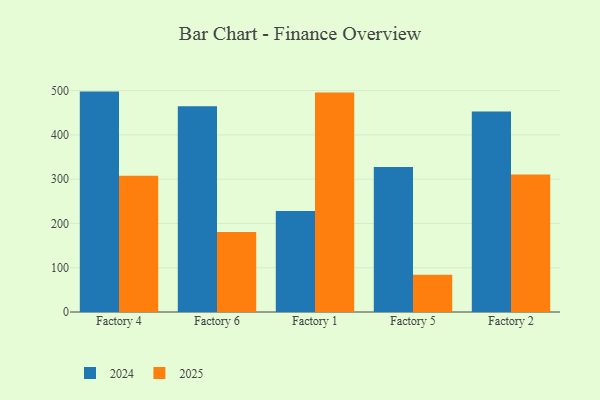
{"axis": {"x": "Factory", "y": "Churn Rate (%)"}, "legend": ["2024", "2025"], "data": [{"x": "Factory 4", "y": 497.8, "type": "2024"}, {"x": "Factory 4", "y": 308.0, "type": "2025"}, {"x": "Factory 6", "y": 464.6, "type": "2024"}, {"x": "Factory 6", "y": 180.5, "type": "2025"}, {"x": "Factory 1", "y": 227.9, "type": "2024"}, {"x": "Factory 1", "y": 495.7, "type": "2025"}, {"x": "Factory 5", "y": 327.5, "type": "2024"}, {"x": "Factory 5", "y": 84.0, "type": "2025"}, {"x": "Factory 2", "y": 452.6, "type": "2024"}, {"x": "Factory 2", "y": 310.5, "type": "2025"}]}